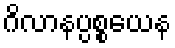
ဂိလာနပ္ပစ္စယေန